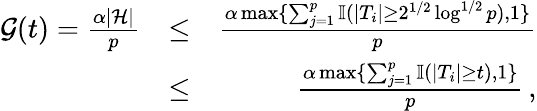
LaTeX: \begin{array}{rlr}{\mathcal{G}(t)=\frac{\alpha|{\mathcal{H}}|}{p}}&{\leq}&{\frac{\alpha\operatorname*{max}\{ \sum_{j=1}^{p}{\mathbb{I}}(|T_{i}|\geq 2^{1/2}\log^{1/2}p),1\} }{p}}\\ &{\leq}&{\frac{\alpha\operatorname*{max}\{ \sum_{j=1}^{p}{\mathbb{I}}(|T_{i}|\geq t),1\} }{p}\, ,}\end{array}